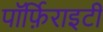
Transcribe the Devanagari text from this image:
पॉर्फ़िराइटी